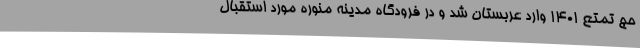
حج تمتع ۱۴۰۱ وارد عربستان شد و در فرودگاه مدینه منوره مورد استقبال